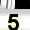
Digit: 5